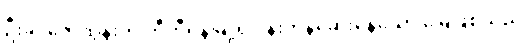
ဦးခိုင်ဇော်ထွန်းက တီဟီရန်မြို့ရှိ ပန်းကန်ဆေးနေသော မြေဖြစ်သည်